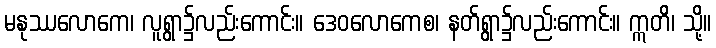
မနုဿလောကေ၊ လူရွာ၌လည်းကောင်း။ ဒေဝလောကေစ၊ နတ်ရွာ၌လည်းကောင်း။ ဣတိ၊ သို့။